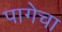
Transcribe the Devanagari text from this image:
पागेचा